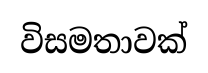
විසමතාවක්